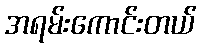
အရမ်းကောင်းတယ်